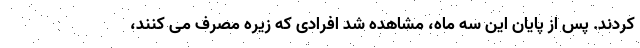
کردند. پس از پایان این سه ماه، مشاهده شد افرادی که زیره مصرف می کنند،